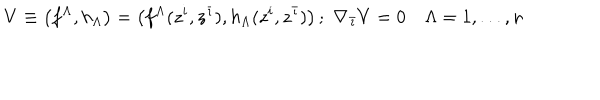
LaTeX: V \equiv \left( f ^ { \Lambda } , h _ { \Lambda } \right) = \left( f ^ { \Lambda } ( z ^ { i } , z ^ { \bar { \imath } } ) , h _ { \Lambda } ( z ^ { i } , z ^ { \bar { \imath } } ) \right) ; \, \, \nabla _ { \bar { \imath } } V = 0 \quad \Lambda = 1 , . . . , n